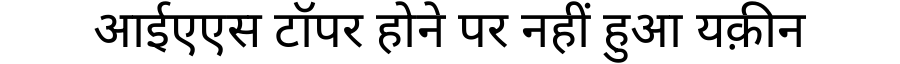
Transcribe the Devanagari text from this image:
आईएएस टॉपर होने पर नहीं हुआ यक़ीन